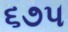
૬૭૫